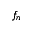
f _ { n }